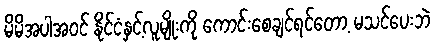
မိမိအပါအဝင် နိုင်ငံနှင့်လူမျိုးကို ကောင်းစေချင်ရင်တော့ မသင်ပေးဘဲ